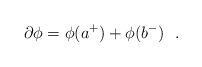
LaTeX: \begin{align*} \partial \phi = \phi(a^+)+\phi(b^-) \ \ . \end{align*}